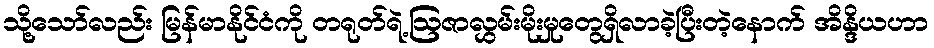
သို့သော်လည်း မြန်မာနိုင်ငံကို တရုတ်ရဲ့ဩဇာလွှမ်းမိုးမှုတွေရှိလာခဲ့ပြီးတဲ့နောက် အိန္ဒိယဟာ